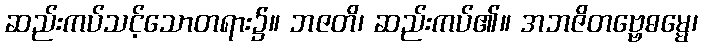
ဆည်းကပ်သင့်သောတရား၌။ ဘဇတိ၊ ဆည်းကပ်၏။ အဘဇိတဗ္ဗေဓမ္မေ၊